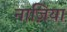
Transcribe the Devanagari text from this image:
नाज़िया